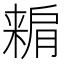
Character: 𣘾